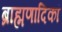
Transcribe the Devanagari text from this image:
ब्राह्मणादिकां